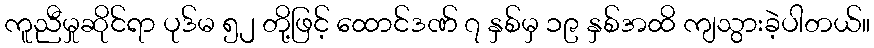
ကူညီမှုဆိုင်ရာ ပုဒ်မ ၅၂ တို့ဖြင့် ထောင်ဒဏ် ၇ နှစ်မှ ၁၉ နှစ်အထိ ကျသွားခဲ့ပါတယ်။